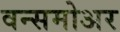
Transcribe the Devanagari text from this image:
वन्समोअर